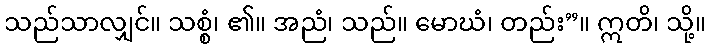
သည်သာလျှင်။ သစ္စံ၊ ၏။ အညံ၊ သည်။ မောဃံ၊ တည်း”။ ဣတိ၊ သို့။